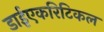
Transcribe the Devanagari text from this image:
डाईएकरिटिकल